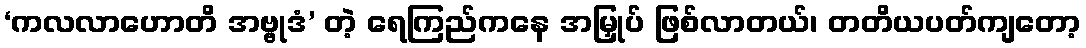
‘ကလလာဟောတိ အဗ္ဗုဒံ’ တဲ့ ရေကြည်ကနေ အမြှုပ် ဖြစ်လာတယ်၊ တတိယပတ်ကျတော့